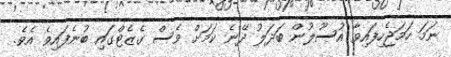
ނަމަ ހަމަޖެހިފައިވާ އުސޫލުން ބަދަލު ދޭނެ ކަމަށް ވެސް ގެޒެޓްގައި ބުނެފައިވެ އެވެ.